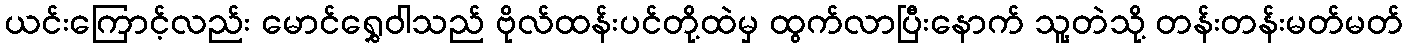
ယင်းကြောင့်လည်း မောင်ရွှေဝါသည် ဗိုလ်ထန်းပင်တို့ထဲမှ ထွက်လာပြီးနောက် သူ့တဲသို့ တန်းတန်းမတ်မတ်